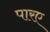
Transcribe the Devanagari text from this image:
पारए